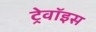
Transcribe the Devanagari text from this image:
ट्रेवॉइस